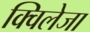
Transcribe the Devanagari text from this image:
क्विलेजा